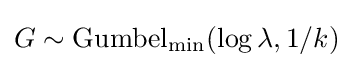
G\sim \mathrm {Gumbel} _{\min }(\log \lambda ,1/k)